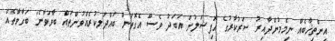
އިންތިޚާބެއް ނިމެމުންދާއިރު ސަރުކާރުގެ އޮފިޝަލުން އަބަދު ވެސް އެގޮތަށް ބައްދަލކުރެއްވުންތައް ބާވަވާނެ" ބަގާވާތެއް